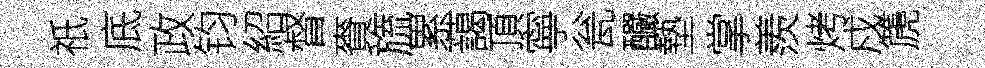
祇底政钧紹督賚旒累藹頂寧瓮釅墊掌羨烤戍篪